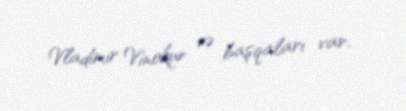
Vladimir Vinokur və başqaları var.